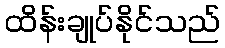
ထိန်းချုပ်နိုင်သည်